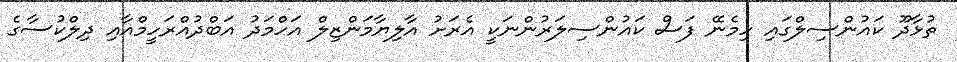
ތުޅާދޫ ކައުންސިލްގައި ހިމެނޭ ފަސް ކައުންސިލަރުންނަކީ އެރަށު އާލިޔާމަންޒިލް އަހްމަދު އަބްދުއްރަހީމްއާއި ދިލްކުސާގެ